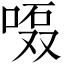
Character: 𱓘